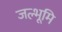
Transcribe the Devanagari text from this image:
जल्भूमि